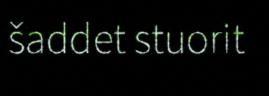
šaddet stuorit